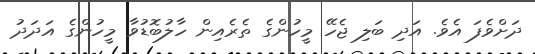
ދަށްވެފަ އެވެ. އަދި ބަލި ޖެހޭ މީހުންގެ ތެރެއިން ހާލުބޮޑުވާ މީހުންގެ އަދަދު